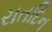
રાતદિન